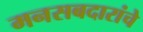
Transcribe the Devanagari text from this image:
मनसबदारांचे